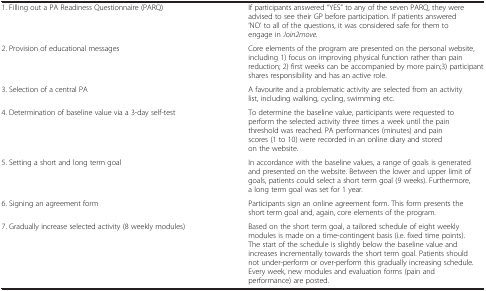
<table><thead><tr><td><b> </b></td><td><b> </b></td></tr></thead><tbody><tr><td>1. Filling out a PA Readiness Questionnaire (PARQ)</td><td>If participants answered “YES” to any of the seven PARQ, they were advised to see their GP before participation. If patients answered ‘NO’ to all of the questions, it was considered safe for them to engage in <i>Join2move.</i></td></tr><tr><td>2. Provision of educational messages</td><td>Core elements of the program are presented on the personal website, including 1) focus on improving physical function rather than pain reduction; 2) first weeks can be accompanied by more pain;3) participant shares responsibility and has an active role.</td></tr><tr><td>3. Selection of a central PA</td><td>A favourite and a problematic activity are selected from an activity list, including walking, cycling, swimming etc.</td></tr><tr><td>4. Determination of baseline value via a 3-day self-test</td><td>To determine the baseline value, participants were requested to perform the selected activity three times a week until the pain threshold was reached. PA performances (minutes) and pain scores (1 to 10) were recorded in an online diary and stored on the website.</td></tr><tr><td>5. Setting a short and long term goal</td><td>In accordance with the baseline values, a range of goals is generated and presented on the website. Between the lower and upper limit of goals, patients could select a short term goal (9 weeks). Furthermore, a long term goal was set for 1 year.</td></tr><tr><td>6. Signing an agreement form</td><td>Participants sign an online agreement form. This form presents the short term goal and, again, core elements of the program.</td></tr><tr><td>7. Gradually increase selected activity (8 weekly modules)</td><td>Based on the short term goal, a tailored schedule of eight weekly modules is made on a time-contingent basis (i.e. fixed time points). The start of the schedule is slightly below the baseline value and increases incrementally towards the short term goal. Patients should not under-perform or over-perform this gradually increasing schedule. Every week, new modules and evaluation forms (pain and performance) are posted.</td></tr></tbody></table>